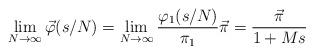
LaTeX: \begin{align*}\lim_{N\to\infty} \vec{\varphi}(s/N) = \lim_{N\to\infty} \frac{\varphi_1(s/N)}{\pi_1}\vec{\pi} = \frac{\vec{\pi}}{1 + Ms}\end{align*}